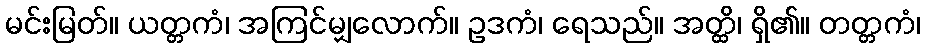
မင်းမြတ်။ ယတ္တကံ၊ အကြင်မျှလောက်။ ဥဒကံ၊ ရေသည်။ အတ္ထိ၊ ရှိ၏။ တတ္တကံ၊